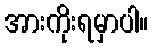
အားကိုးရမှာပါ။